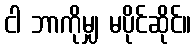
ငါ ဘာကိုမျှ မပိုင်ဆိုင်။